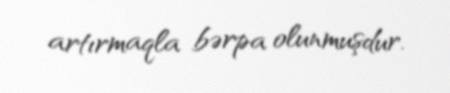
artırmaqla bərpa olunmuşdur.